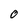
Character: 0